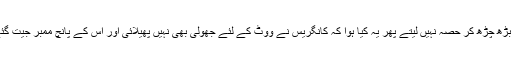
اور یہ بات بھی مشہور تھی کہ گجرات میں مسلمان ووٹ دینے میں بڑھ چڑھ کر حصہ نہیں لیتے پھر یہ کیا ہوا کہ کانگریس نے ووٹ کے لئے جھولی بھی نہیں پھیلائی اور اس کے پانچ ممبر جیت گئے اور یہ بھی معلوم ہوا کہ مسلمانوں نے بڑھ چڑھ کر حصہ لیا ہے۔